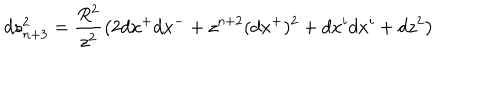
d s _ { n + 3 } ^ { 2 } = \frac { R ^ { 2 } } { z ^ { 2 } } \big ( 2 d x ^ { + } d x ^ { - } + z ^ { n + 2 } ( d x ^ { + } ) ^ { 2 } + d x ^ { i } d x ^ { i } + d z ^ { 2 } \big )